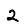
Digit: 2